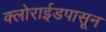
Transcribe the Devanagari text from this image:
क्लोराईडपासून